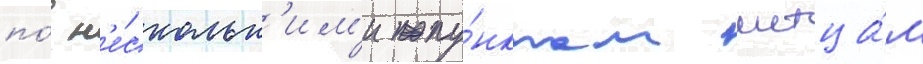
по́ н'е́скольк'им'и пу́нктам истца́м